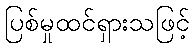
ပြစ်မှုထင်ရှားသဖြင့်